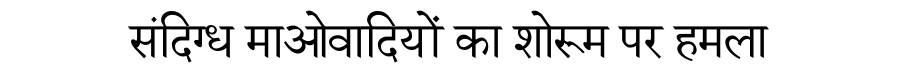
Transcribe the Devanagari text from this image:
संदिग्ध माओवादियों का शोरूम पर हमला